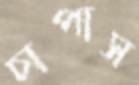
চাপাস